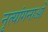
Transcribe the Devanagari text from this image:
नृत्‍यांगनाओं